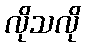
လိုသလို